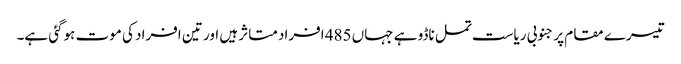
تیسرے مقام پر جنوبی ریاست تمل ناڈو ہے جہاں 485 افراد متاثر ہیں اور تین افراد کی موت ہوگئی ہے۔